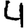
Digit: 4